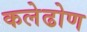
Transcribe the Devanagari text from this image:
कलेढोण